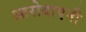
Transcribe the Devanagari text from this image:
आरोबाएनी